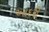
આદરી